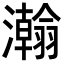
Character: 𬉥